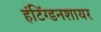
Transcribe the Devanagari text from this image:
हंटिंग्डनशायर